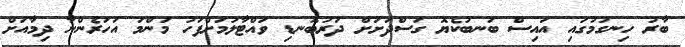
ބާރު ހިނގުމުގައި އައިސް ބަނބުކެޔޮ ގަސްދަށަށް ދަރުބޮނޑި ވައްޓާލުމަށްފަހު މަންމަ އަހަރެންނާ ދިމާއަށް